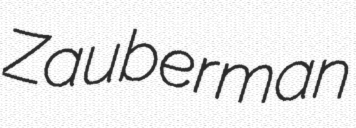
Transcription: Zauberman